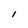
Character: I